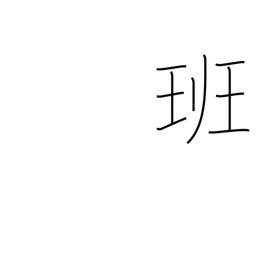
Meaning: squad